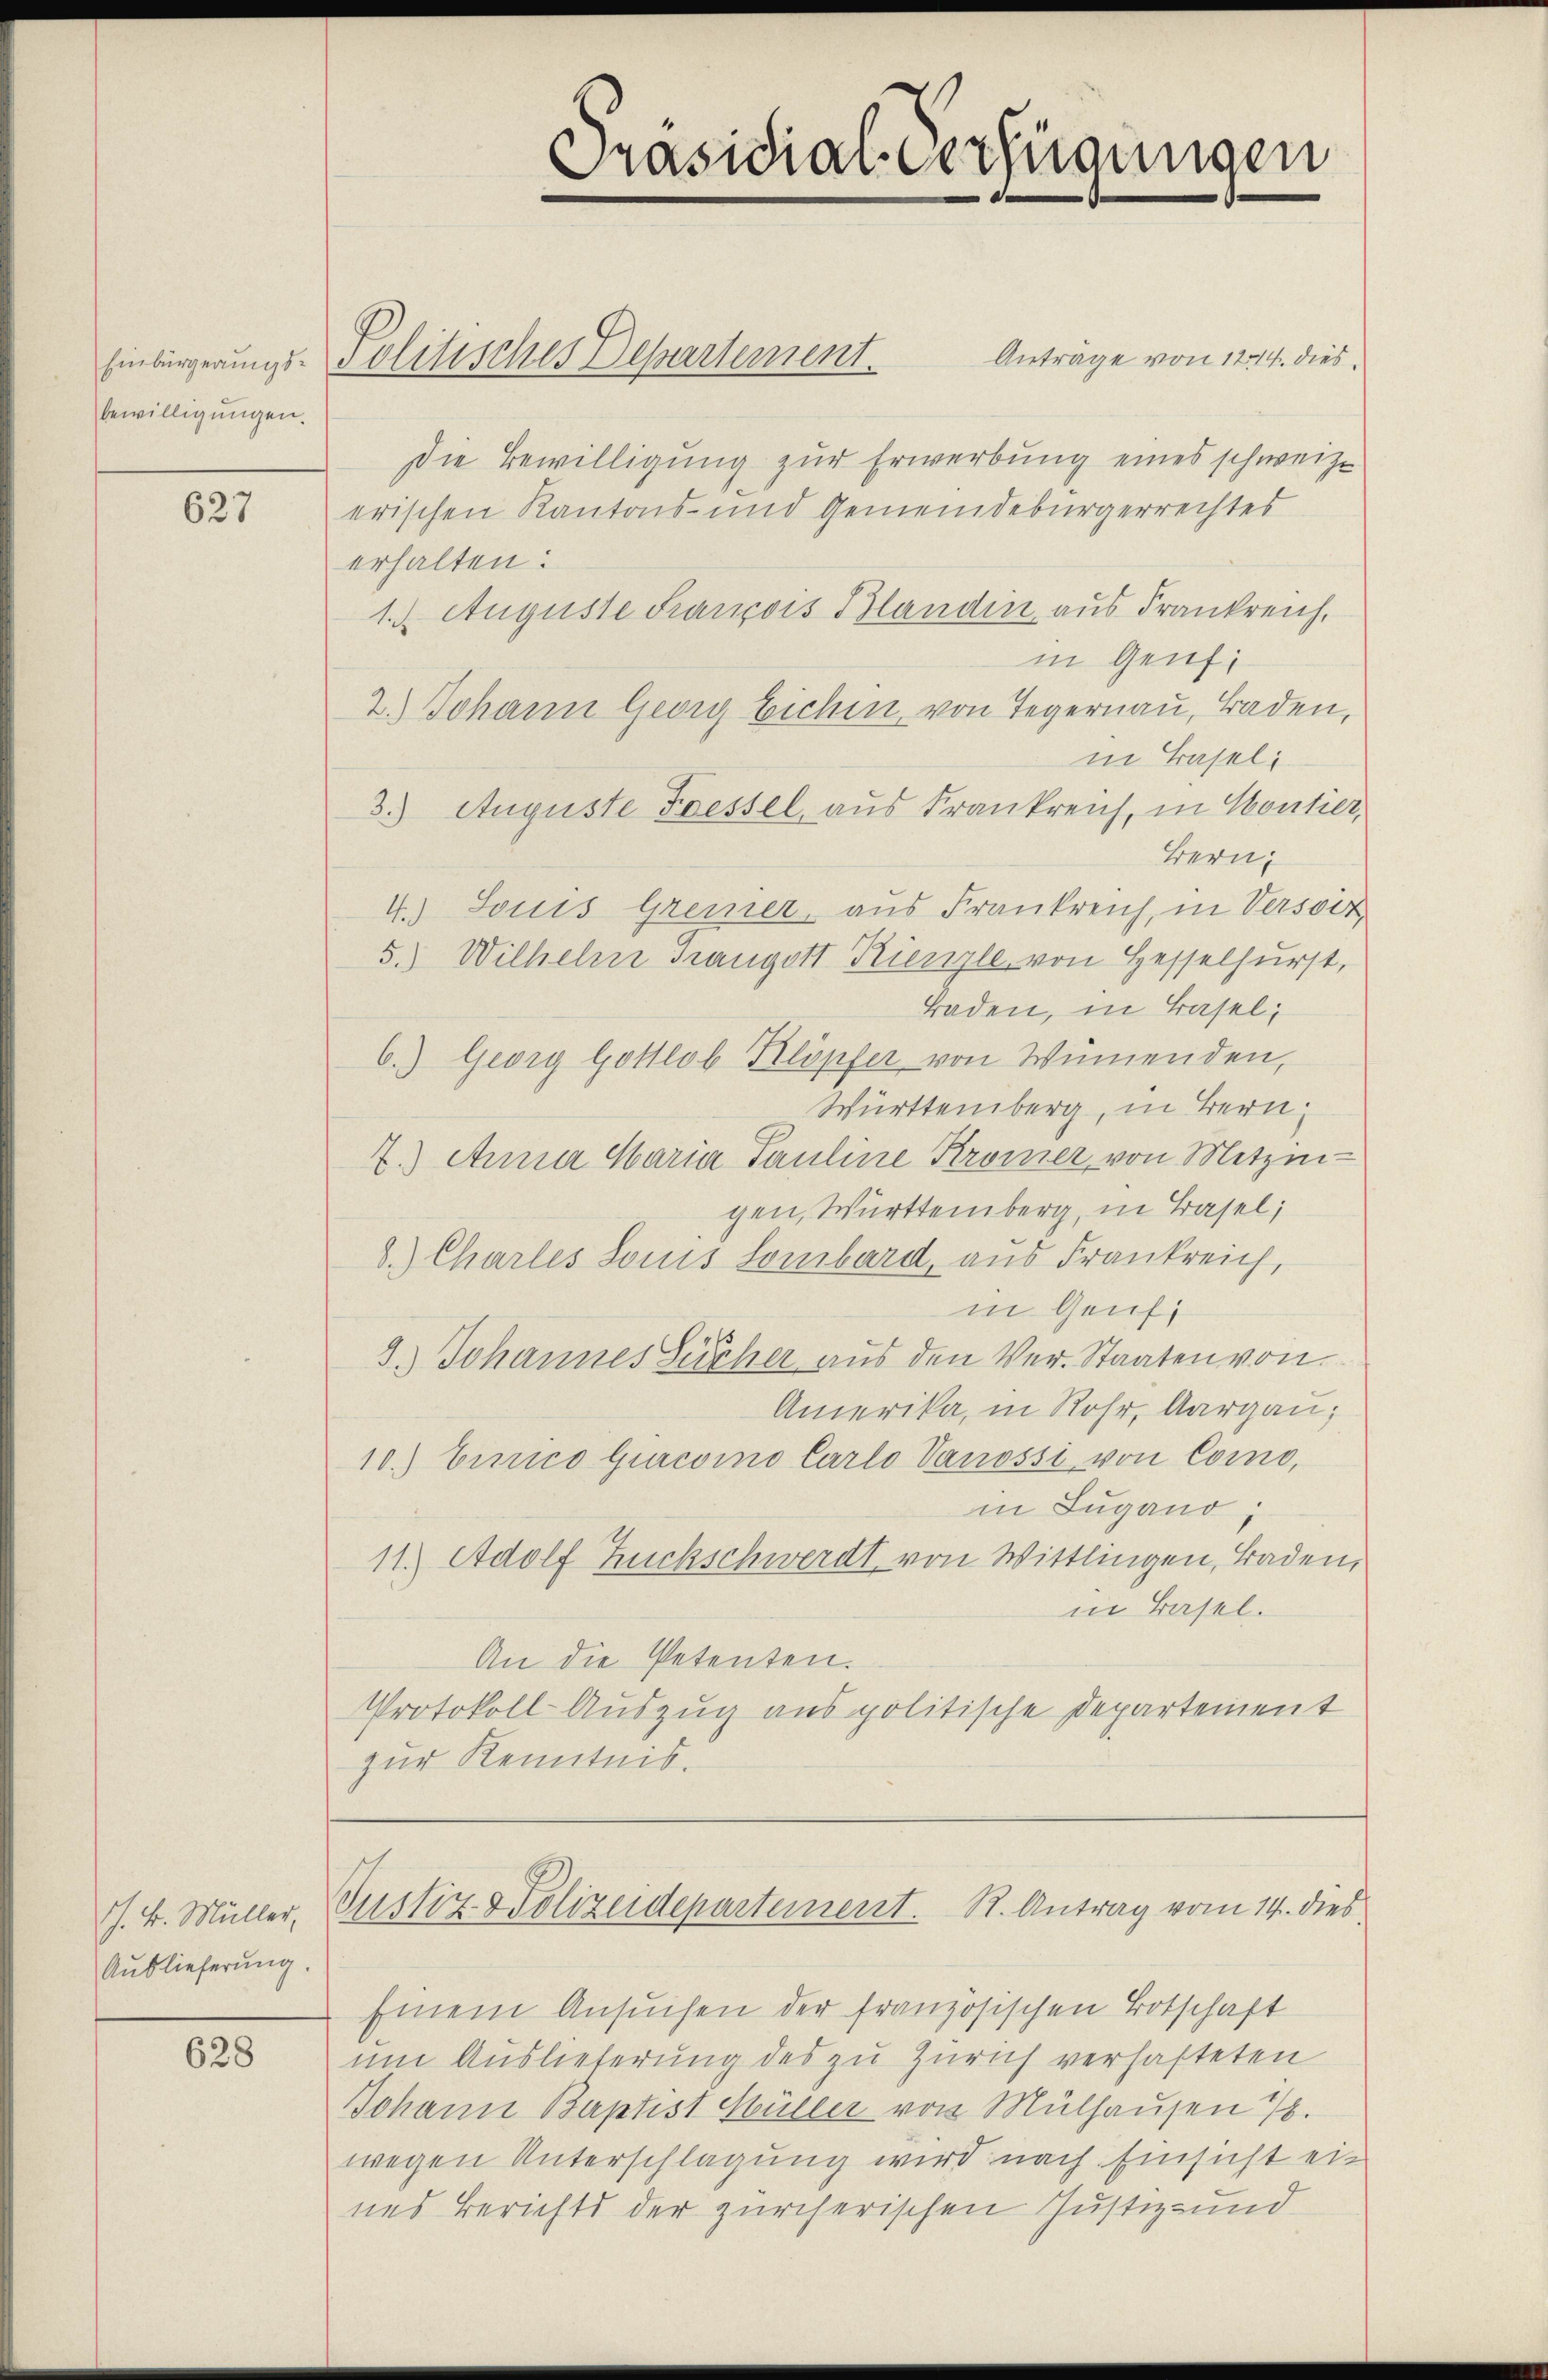
bewilligungen.

627

. k. Müller,
Auslieferung.

628

Einbürgerungs-Politisches Departement.

Präsidial-Verfügungen

Anträge von 124. dies¬
Die Bewilligung zur Erwerbung eines schweize
erischen Kantons- und Gemeindebürgerrechtes
erhalten:
1. Auguste Francois Blandin, aus Frankreich,
in Genf;
2.) Johann Georg Eichen, von Tegernau, Baden,
in Basel
3.) Auguste Fressel, aus Frankreich, in Kontier,
Bern,
4.) Souis Gremer, aus Frankreich, in Versort
5.) Wilhelm Trangott Riengle, von Hesselhurst,
Baden, in Basel;
6.) Georg Gottlob Klöpfer von Wimenden,
Württemberg, in Bern
2.) Anna Maria Pauline Kromer von Metzi-
gen, Württemberg, in Basel;
8.) Charles Louis Lombard, aus Frankreich,
in Genf,
3.) Johannes Zücher aus den Ver- Staaten von
Amerika, in Rohr, Aargau;
10.) Einrico Gurcsino Carlo Vanossi von Como,
in Lugano.
11.) Adolf Zuckschwerdt von Wittlingen, Baden,
in Basel.
An die Petenten.
Protokoll Auszug aus politische Departement
zur Kenntnis.

Einem Ansuchen der französischen Botschaft
um Auslieferung des zu Zürich verhafteten
Johann Baptist Müller von Mülhausen
wegen Unterschlagung wird nach Einsicht ein
nes Berichts der zürcherischen Justiz- und

Justiz & Polizeidepartement. R. Antrag vom 14. dies